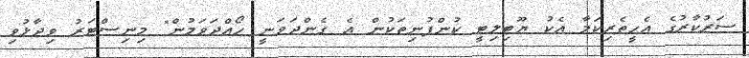
ސަރުކާރުގެ އެހީތެރިކަމާ އެކު ޔޫޓިލިޓީ ކުންފުނިތަކުން އެ ގެންދަވަނީ ހޯއްދަވަމުން" މިނިސްޓަރު ވިދާޅުވި